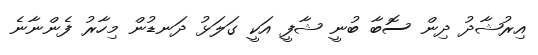
އިރުޝާދު ދިން ސޮބާ ބުނީ ޝާފީ އަކީ ގަލަޅު ދަނޑުން މިހާރު ފެންނާނެ